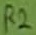
Text: R2